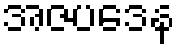
အဇပဒေန